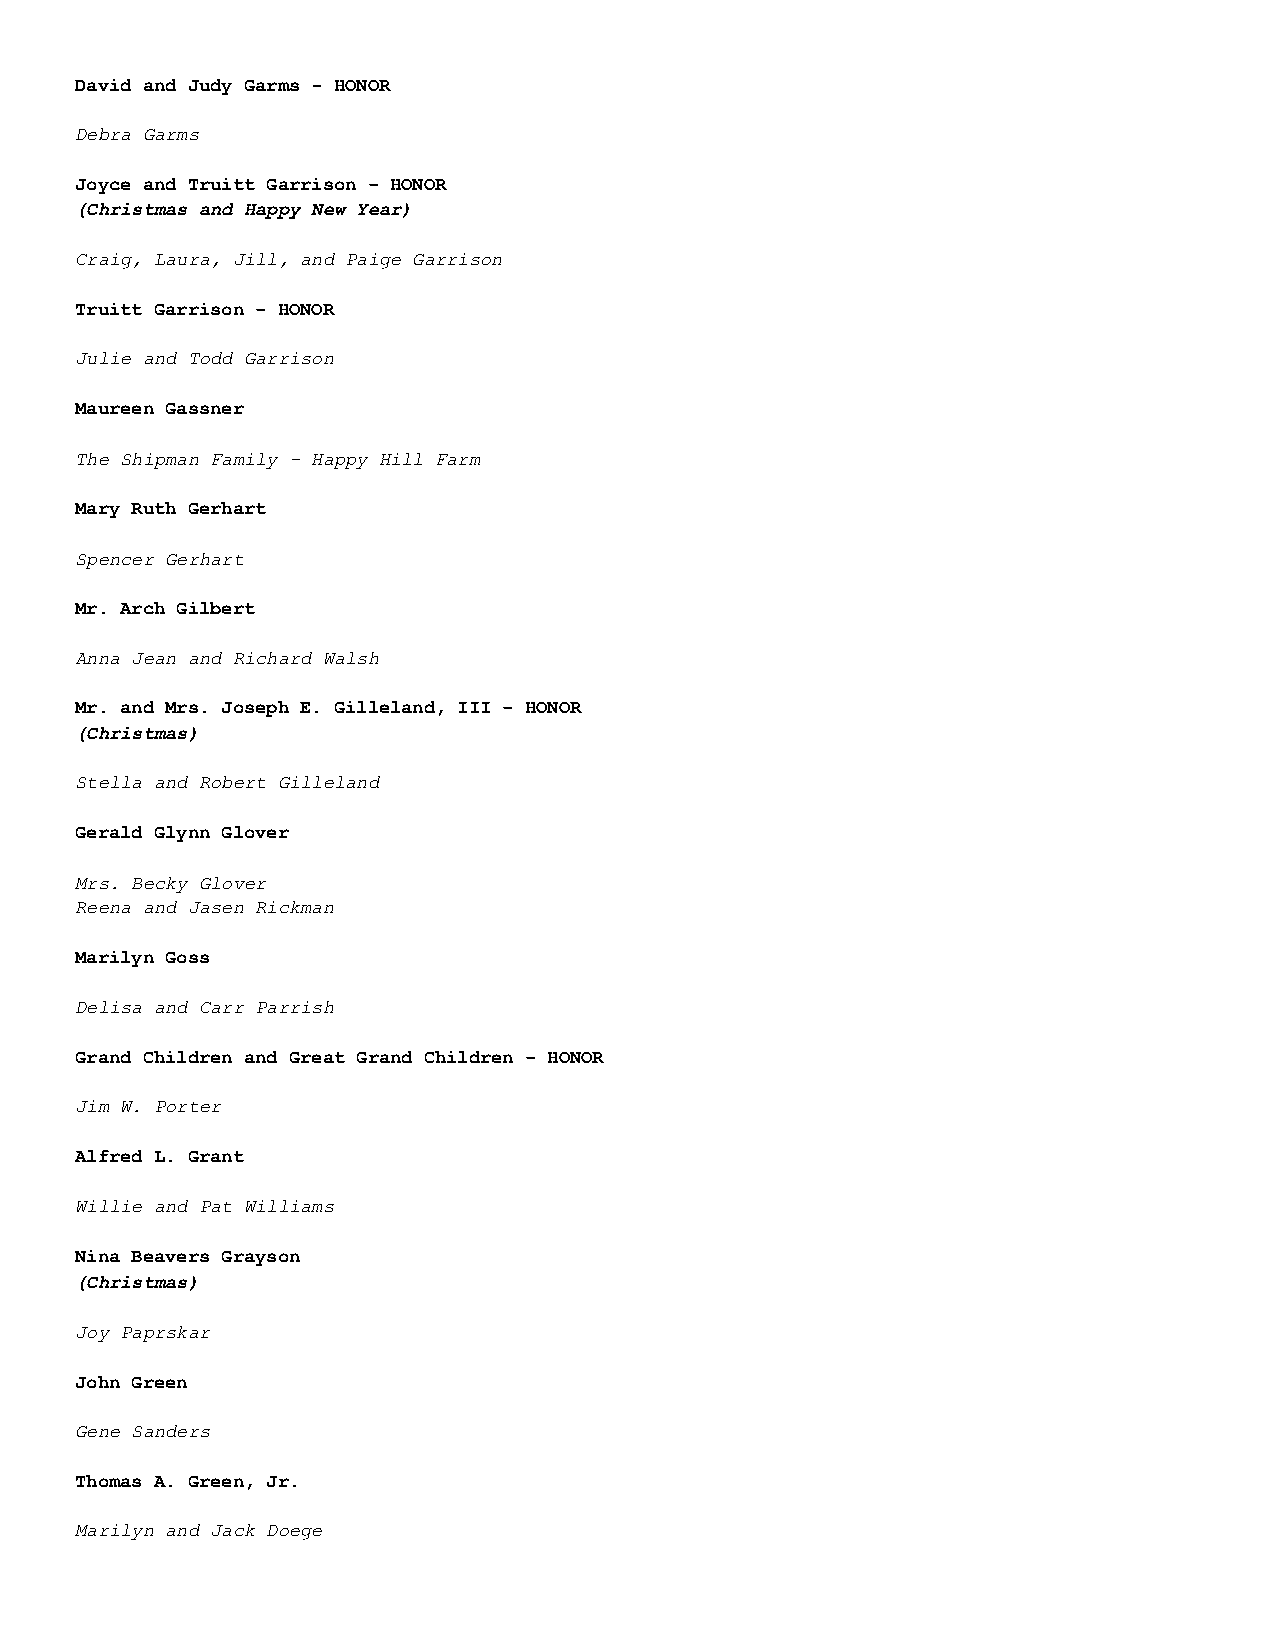
David and Judy Garms - HONOR
 Debra Garms
 Joyce and Truitt Garrison – HONOR
 (Christmas and Happy New Year)
 Craig, Laura, Jill, and Paige Garrison
 Truitt Garrison – HONOR
 Julie and Todd Garrison
 Maureen Gassner
 The Shipman Family - Happy Hill Farm
 Mary Ruth Gerhart
 Spencer Gerhart
 Mr. Arch Gilbert
 Anna Jean and Richard Walsh
 Mr. and Mrs. Joseph E. Gilleland, III – HONOR
 (Christmas)
 Stella and Robert Gilleland
 Gerald Glynn Glover
 Mrs. Becky Glover
 Reena and Jasen Rickman
 Marilyn Goss
 Delisa and Carr Parrish
 Grand Children and Great Grand Children – HONOR
 Jim W. Porter
 Alfred L. Grant
 Willie and Pat Williams
 Nina Beavers Grayson
 (Christmas)
 Joy Paprskar
 John Green
 Gene Sanders
 Thomas A. Green, Jr.
 Marilyn and Jack Doege